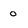
Character: o